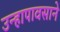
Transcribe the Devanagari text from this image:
उन्हापावसाने